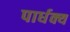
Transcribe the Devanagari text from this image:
पार्धक्य